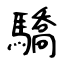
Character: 驕